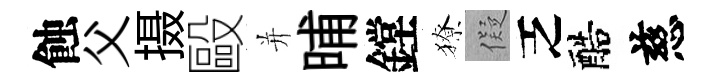
蝕父摄毆并晡鏜獠儗乏醅慈